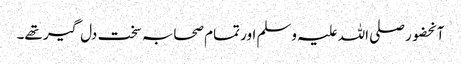
آنحضور صلی اللہ علیہ وسلم اور تمام صحابہ سخت دل گیر تھے۔